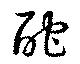
酡